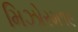
મિઝોરમ૧૯